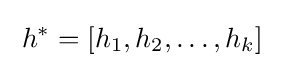
\;h^{\ast }=\left[h_{1},h_{2},\ldots ,h_{k}\right]\;